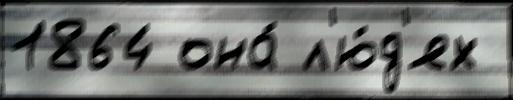
1864 она́ л'ю́д'ях